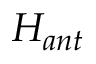
H _ { a n t }